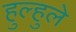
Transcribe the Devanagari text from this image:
हुल्हुले